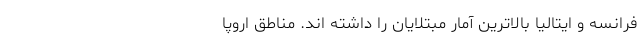
فرانسه و ایتالیا بالاترین آمار مبتلایان را داشته اند. مناطق اروپا